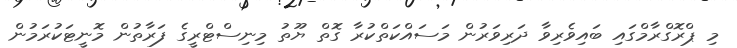
މި ޕްރޮގްރާމްގައި ބައިވެރިވާ ދަރިވަރުން މަސައްކަތްކުރާ ގޮތް ޔޫތު މިނިސްޓްރީގެ ފަރާތުން މޮނީޓަކުރަމުން